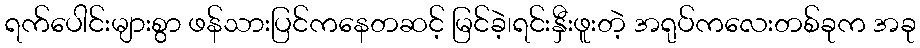
ရက်ပေါင်းများစွာ ဖန်သားပြင်ကနေတဆင့် မြင်ခဲ့၊ရင်းနှီးဖူးတဲ့ အရုပ်ကလေးတစ်ခုက အခု